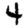
Digit: 4